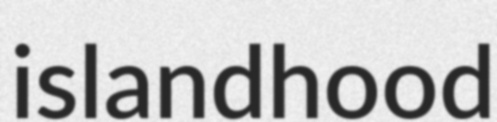
islandhood